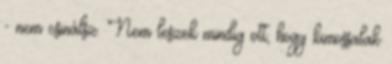
- nem csinálsz. Nem leszek mindig ott, hogy kimossalak